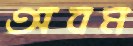
অবম